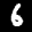
Label: 6